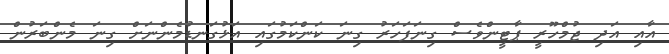
އާއި އަދި ޖުމްހޫރީ ޕާޓީންވެސް ގިނަފަހަރު ގިނަ ކަންކަމުގައި އަޅުގަނޑުމެންނަށް ގިނަ މެންބަރުން